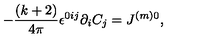
- \frac { ( k + 2 ) } { 4 \pi } \epsilon ^ { 0 i j } \partial _ { i } C _ { j } = J ^ { ( m ) 0 } ,